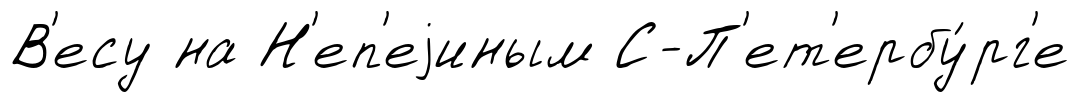
В'есу на Н'еп'еjиным С-П'ет'ербу́рг'е